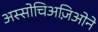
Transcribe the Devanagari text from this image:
अस्सोचिअज़िओने